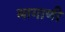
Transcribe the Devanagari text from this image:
मागाणी